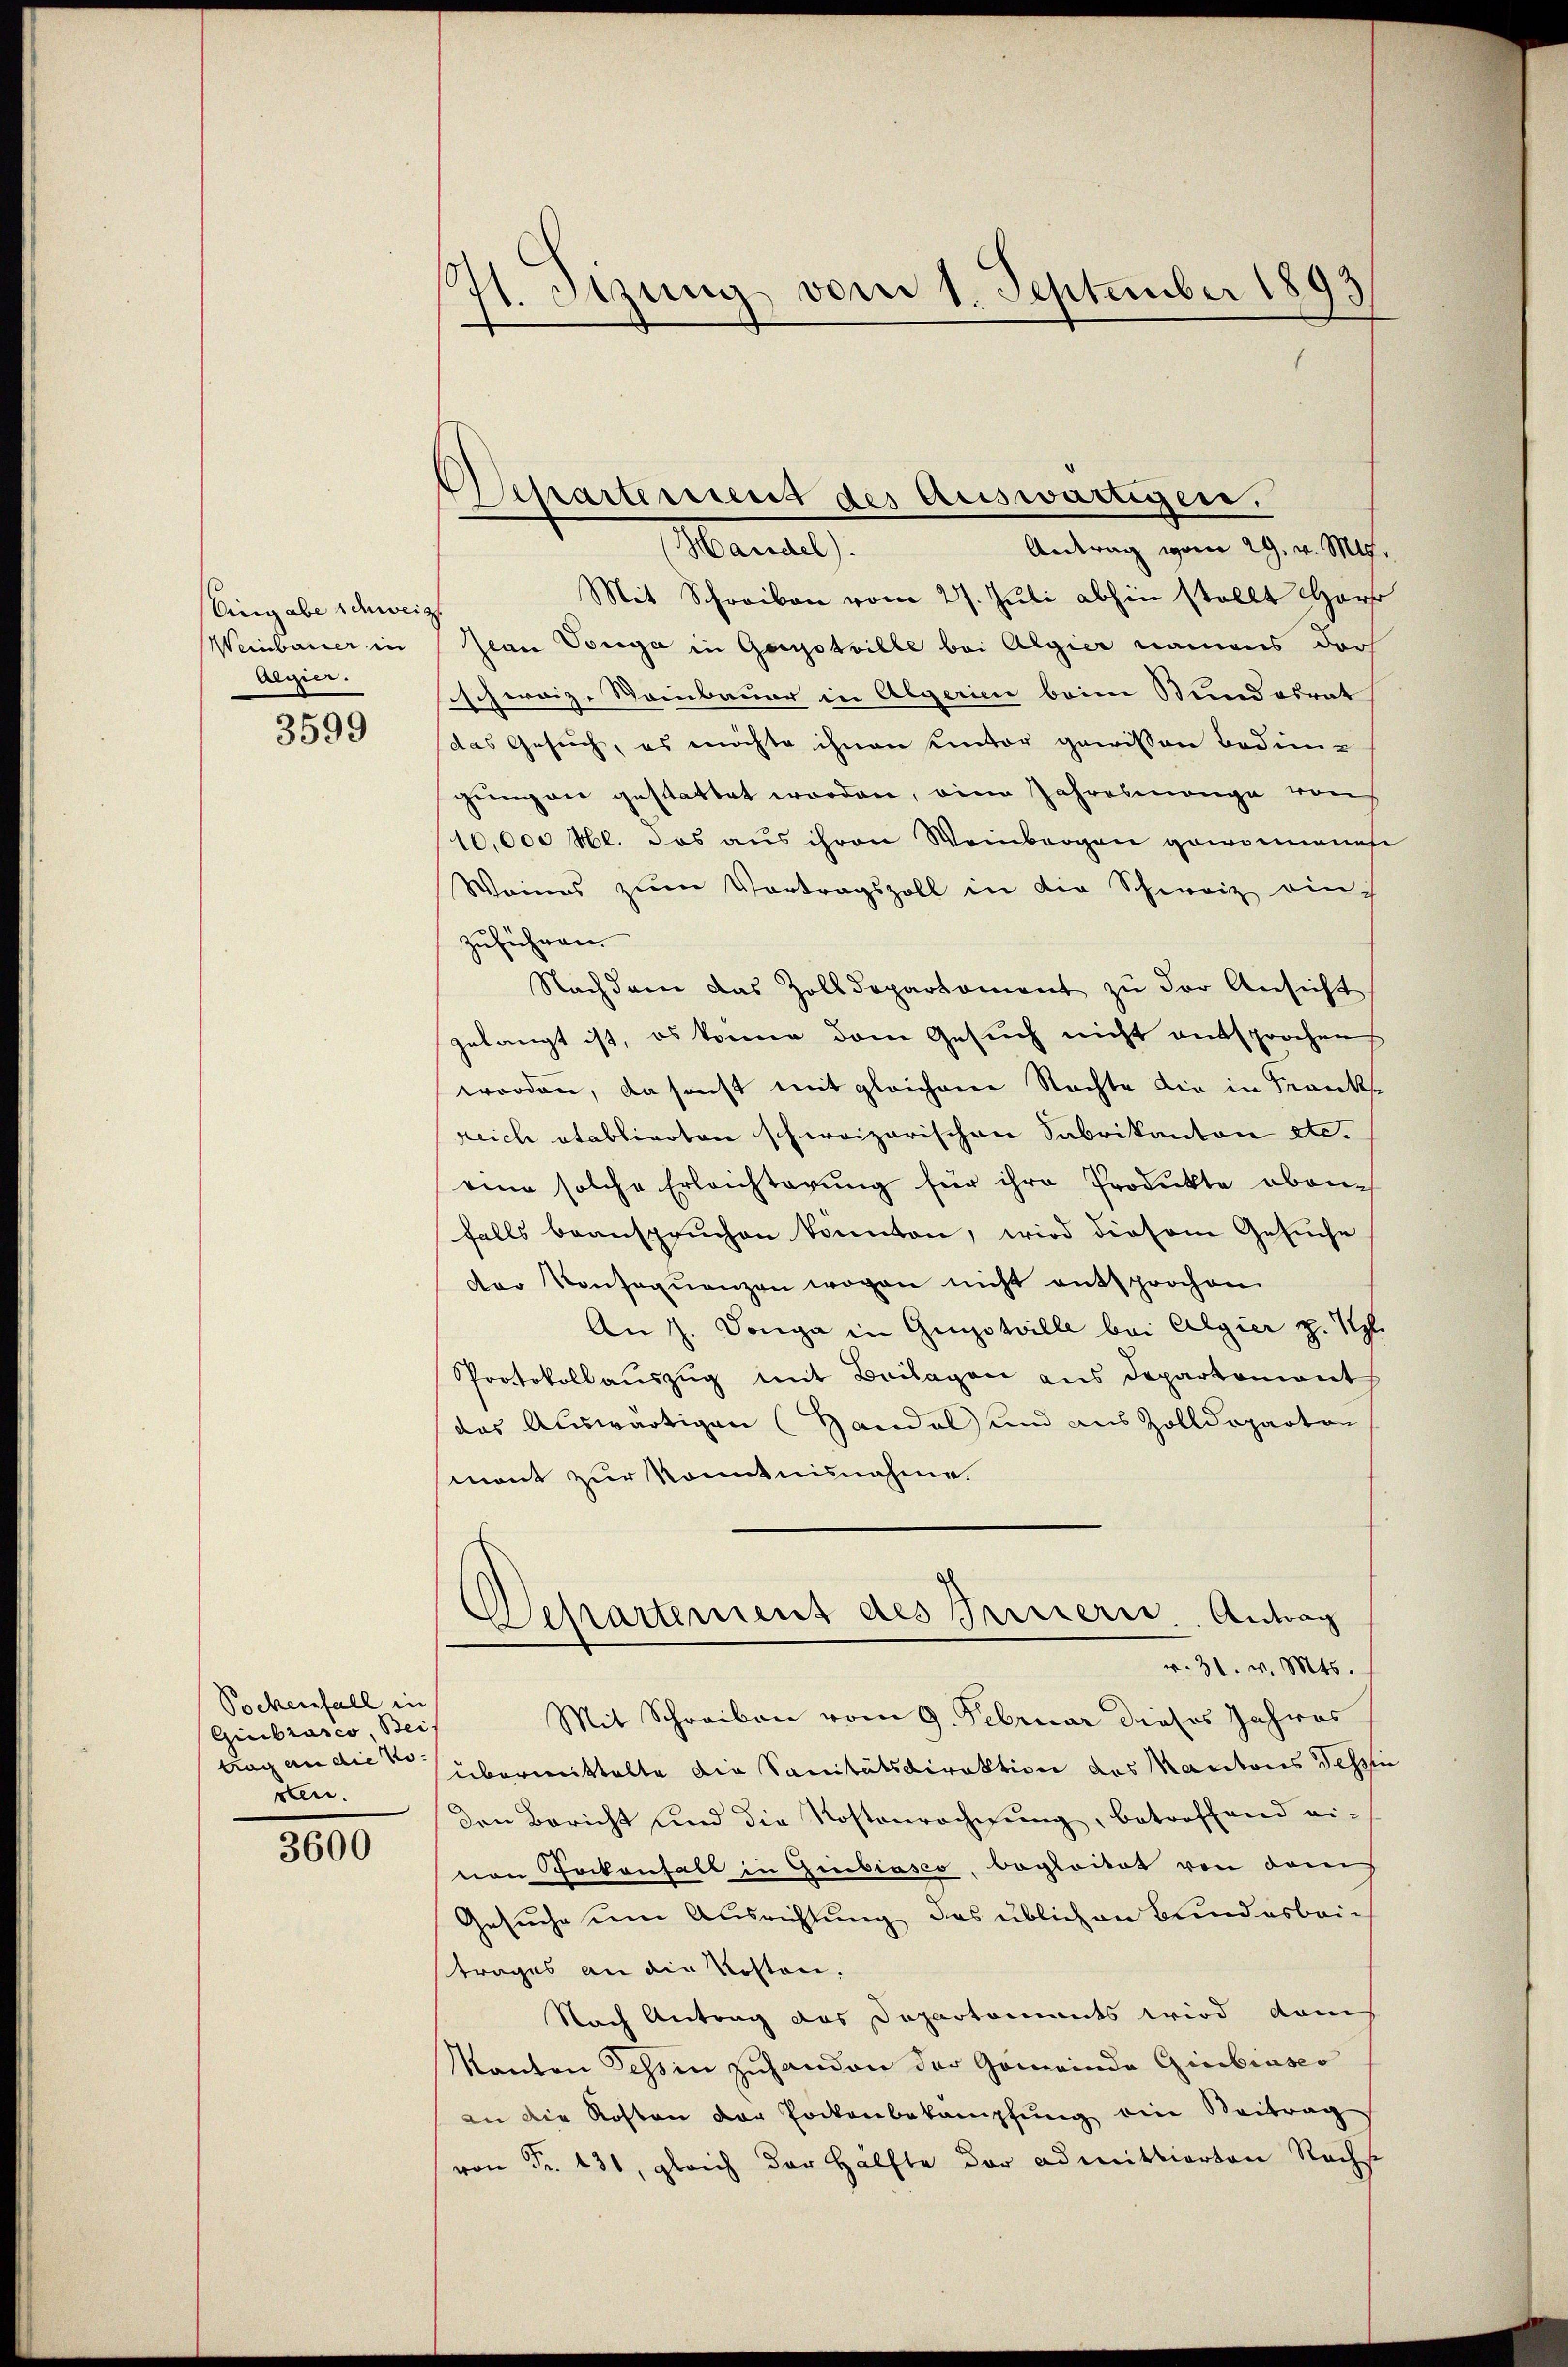
Eingabe schweis
Weinbauer in
Algier.

3599

Pockenfall in
Gieibrasco Beis
trag an die No.
rten.

3600

41. Sitzung vom 1. September 189

Antrag von 29. v. Mts.
(Handel).
Mit Schreiben vom 27. Juli abhin stellt Har
Jean Vorga in Garyotwille bei Algier namens darf
schweiz-Steinbauer in Algerien beim Bundesrat
das Gesuch, es möchte ihnen hinter gewissen Bedin-
gungen gestattet worden, eine Jahresmange von
10,000 M. das aus ihren Weinbergen gewonnenes
Weines zŭm Vortragszoll in die Schweiz ein-
zuführen
Nachdem das Zolldepartament zŭ der Ansicht
gelangt ist, es könne dem Gesuch nicht entsprochen
worden, da sonst mit gleichener Nachte die in Franks
reich etablierten schweizerischen Sabrikanton etc.
eine solche Erleichterung für ihre Produkte oberfalls beanspruchen konnten, wird diesem Gesuche
der Konseqŭenzen wogen nicht entsprochen
An J. Donga in Gunstille bei Algier z. Tl.
Protokollaŭszŭg mit Beilagen aus Departemont
das Auswärtigen (Handel und aus Zolldeparten
mont zur Kenntnisnahme.
Eepartement des Brunserer Antrag
v. 31. v. Mts.
Mit Schreiben vom 9. Februar dieses Jahres
übermittelte die Sanitätsdirektion des Kantons Tessi
den Bericht und die Kostenrechnung, betreffend ei-
von Sockenfall in Giubiasco, boglockes von dem
Gesuche eine Ausrichtung, das üblichen Bundesbeitrages an die Kosten.
Nach Antrag das Departements wird das
Kanton Tessin zuhanden der Gemeinde Giubiasco
an die Kosten der Pockenbekampfung ein Beitrag
von Fr. 131, gleich der Hälfte der admittierten Rachs

Departement des Auswärtigen.